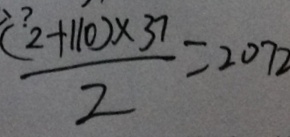
\frac { ( 2 + 1 1 0 ) \times 3 7 } { 2 } = 2 0 7 2